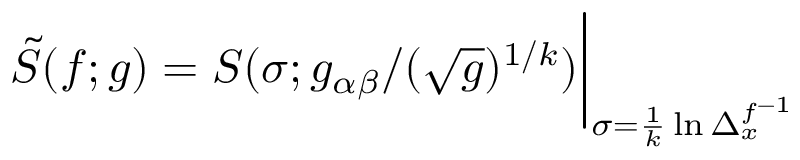
\tilde { S } ( f ; g ) = S ( \sigma ; g _ { \alpha \beta } / ( \sqrt { g } ) ^ { 1 / k } ) \bigg \vert _ { \sigma = \frac { 1 } { k } \ln \Delta _ { x } ^ { f ^ { - 1 } } }